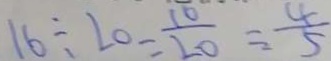
1 6 \div 2 0 - \frac { 1 0 } { 2 0 } = \frac { 4 } { 5 }